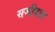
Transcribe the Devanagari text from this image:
सजीवात